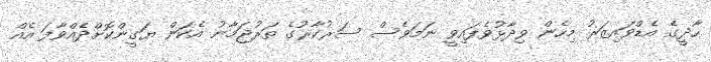
ހާދީގެ އެޑްވައިޒަަރު މިހެން ވިދާޅުވެފައިވީ ނަމަވެސް ސަރުކާރުގެ ތަރުޖަމާނު އެކަން ޔަގީންކޮށްދެއްވާފަ އެއް